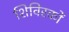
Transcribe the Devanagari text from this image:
शिविरकों